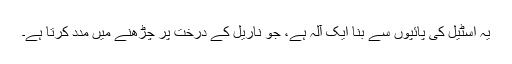
یہ اسٹیل کی پائپوں سے بنا ایک آلہ ہے، جو ناریل کے درخت پر چڑھنے میں مدد کرتا ہے۔